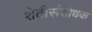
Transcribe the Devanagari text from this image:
शेतीसंशोधक